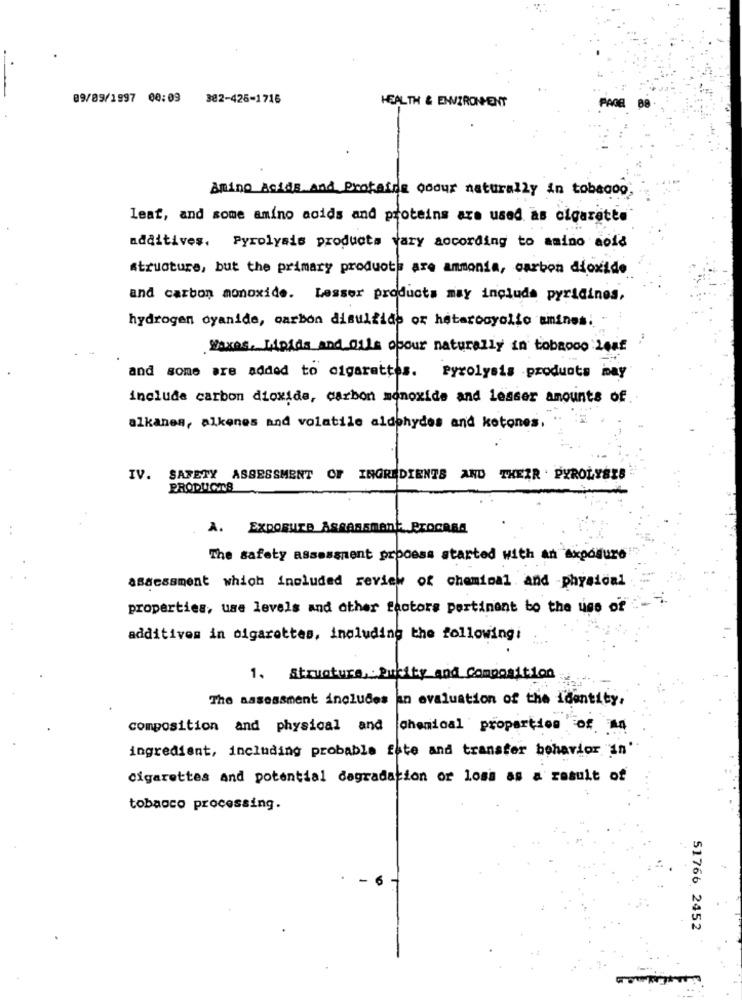
89/09/1997 00:09
382-425-1716
HEALTH & ENVIRONMENT
PAGE
Amino Acids and Proteine ooour naturally in tobeooo
leat, and some amino acids and proteins are used as cigarette
additives, Pyrolysis products vary according to amino acid
structure, but the primary products are ammonia, carbon dioxide
and carbon monoxide. Lesser products may include pyridines,
hydrogen oyanide, carbon disulfide or heterooyolio amines.
Waxes, Moids and oils opour naturally in tobacco Leaf
and some are added to cigarettes. Pyrolysis products may
include carbon dioxide, carbon monoxide and lesser amounts of.
alkanes, alkenes and volatile aldehydes and ketones.
IV. SAFETY ASSESSMENT OF INGREDIENTS AND THEIR . PYROLYSIS
PRODUCTS
A. EXDOBUTA Assessment Procasa
The safety assessment process started with an exposure
assessment which included review of chemical and physical
properties, use levels and other factors pertinent to the use of
additives in cigarettes, including the followingi
1. Structure, : Pukity and Composition
The assessment includes an evaluation of the identity,
composition and physical and
chemical properties of an
ingredient, including probable fate and transfer behavior in'
cigarettes And potential degradation or loss as a result of
tobacco processing.
51766 2452